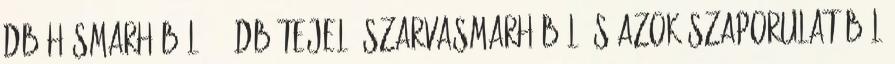
db húsmarhából, 70 db tejelő szarvasmarhából és azok szaporulatából